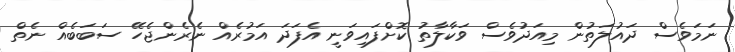
ނަމަވެސް ދައުލަތުން މިއަދުވެސް ވަކާލާތު ކޮށްފައިވަނީ އެފަދަ އަމުރެއް ނެރެންޖެހޭ ސަބަބެއް ނެތް